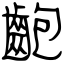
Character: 齙